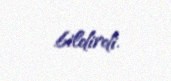
bildirdi.